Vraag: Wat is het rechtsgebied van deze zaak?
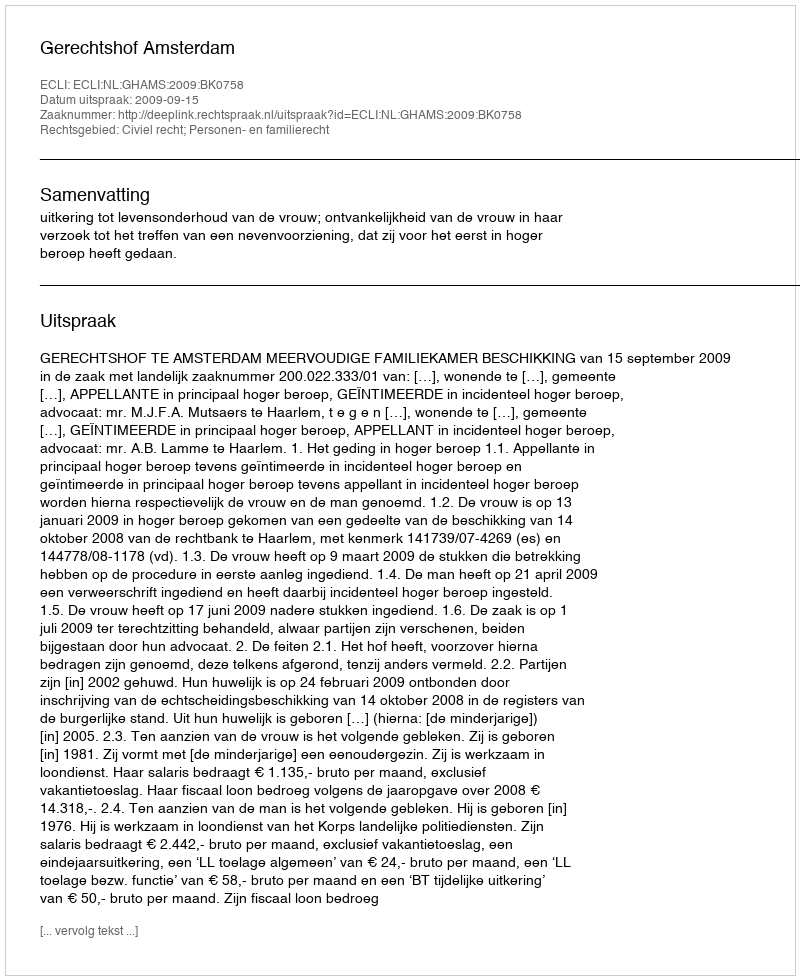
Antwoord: Civiel recht; Personen- en familierecht